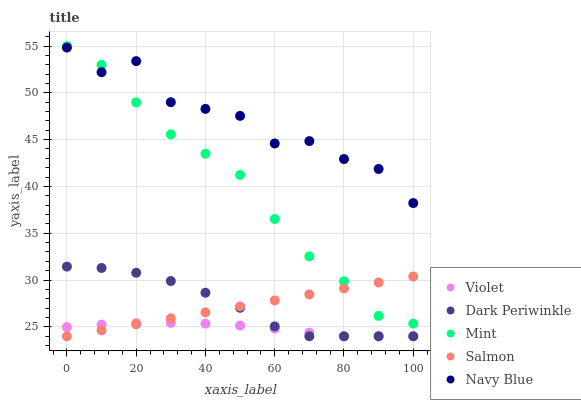
| xaxis_label | Violet | Dark Periwinkle | Mint | Salmon | Navy Blue |
 | --- | --- | --- | --- | --- | --- |
 | 0 | 25 | 31.4 | 55 | 24 | 54.8 |
 | 10 | 25.2 | 31.3 | 53 | 24.6 | 52.2 |
 | 20 | 25.4 | 30.8 | 49 | 25.3 | 53.4 |
 | 30 | 25.4 | 29.9 | 45.6 | 25.9 | 49 |
 | 40 | 25.3 | 28.6 | 43.5 | 26.6 | 48.3 |
 | 50 | 25.1 | 27 | 41.2 | 27.2 | 47.5 |
 | 60 | 24.8 | 25.1 | 36.5 | 27.8 | 44.6 |
 | 70 | 24.4 | 24 | 32.5 | 28.5 | 44.8 |
 | 80 | 24 | 24 | 29.9 | 29.1 | 42.9 |
 | 90 | 24 | 24 | 26.2 | 29.7 | 41.9 |
 | 100 | 24 | 24 | 25.4 | 30.4 | 38.2 |